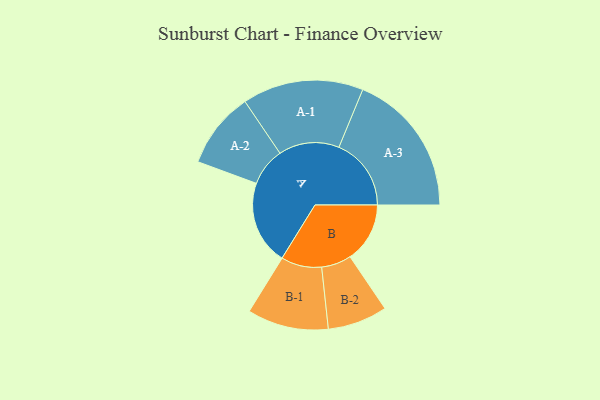
{"axis": {"x": "Segment", "y": "Value"}, "legend": ["", "A", "B"], "data": [{"x": "A", "y": 337, "type": ""}, {"x": "B", "y": 240, "type": ""}, {"x": "A-1", "y": 243, "type": "A"}, {"x": "A-2", "y": 153, "type": "A"}, {"x": "A-3", "y": 290, "type": "A"}, {"x": "B-1", "y": 163, "type": "B"}, {"x": "B-2", "y": 120, "type": "B"}]}